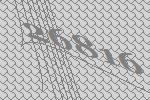
26816